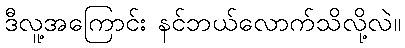
ဒီလူ့အကြောင်း နင်ဘယ်လောက်သိလို့လဲ။